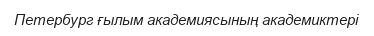
Петербург ғылым академиясының академиктері